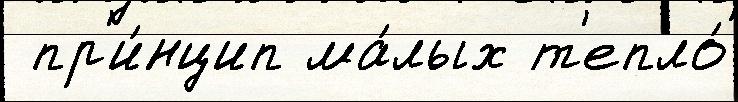
 пр'и́нцип ма́лых т'епло́